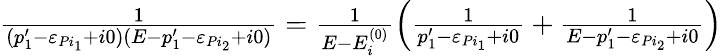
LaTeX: \begin{array}{r}{\frac{1}{(p_{1}^{\prime}-\varepsilon_{Pi_{1}}+i0)(E-p_{1}^{\prime}-\varepsilon_{Pi_{2}}+i0)}=\frac{1}{E-E_{i}^{(0)}}\left(\frac{1}{p_{1}^{\prime}-\varepsilon_{Pi_{1}}+i0}+\frac{1}{E-p_{1}^{\prime}-\varepsilon_{Pi_{2}}+i0}\right)}\end{array}